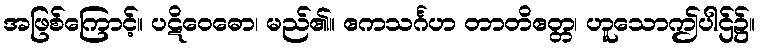
အဖြစ်ကြောင့်။ ပဋိဝေဓော၊ မည်၏။ ဧကသင်္ဂဟ တာတိဧတ္တ၊ ဟူသောဤပါဌ်၌။